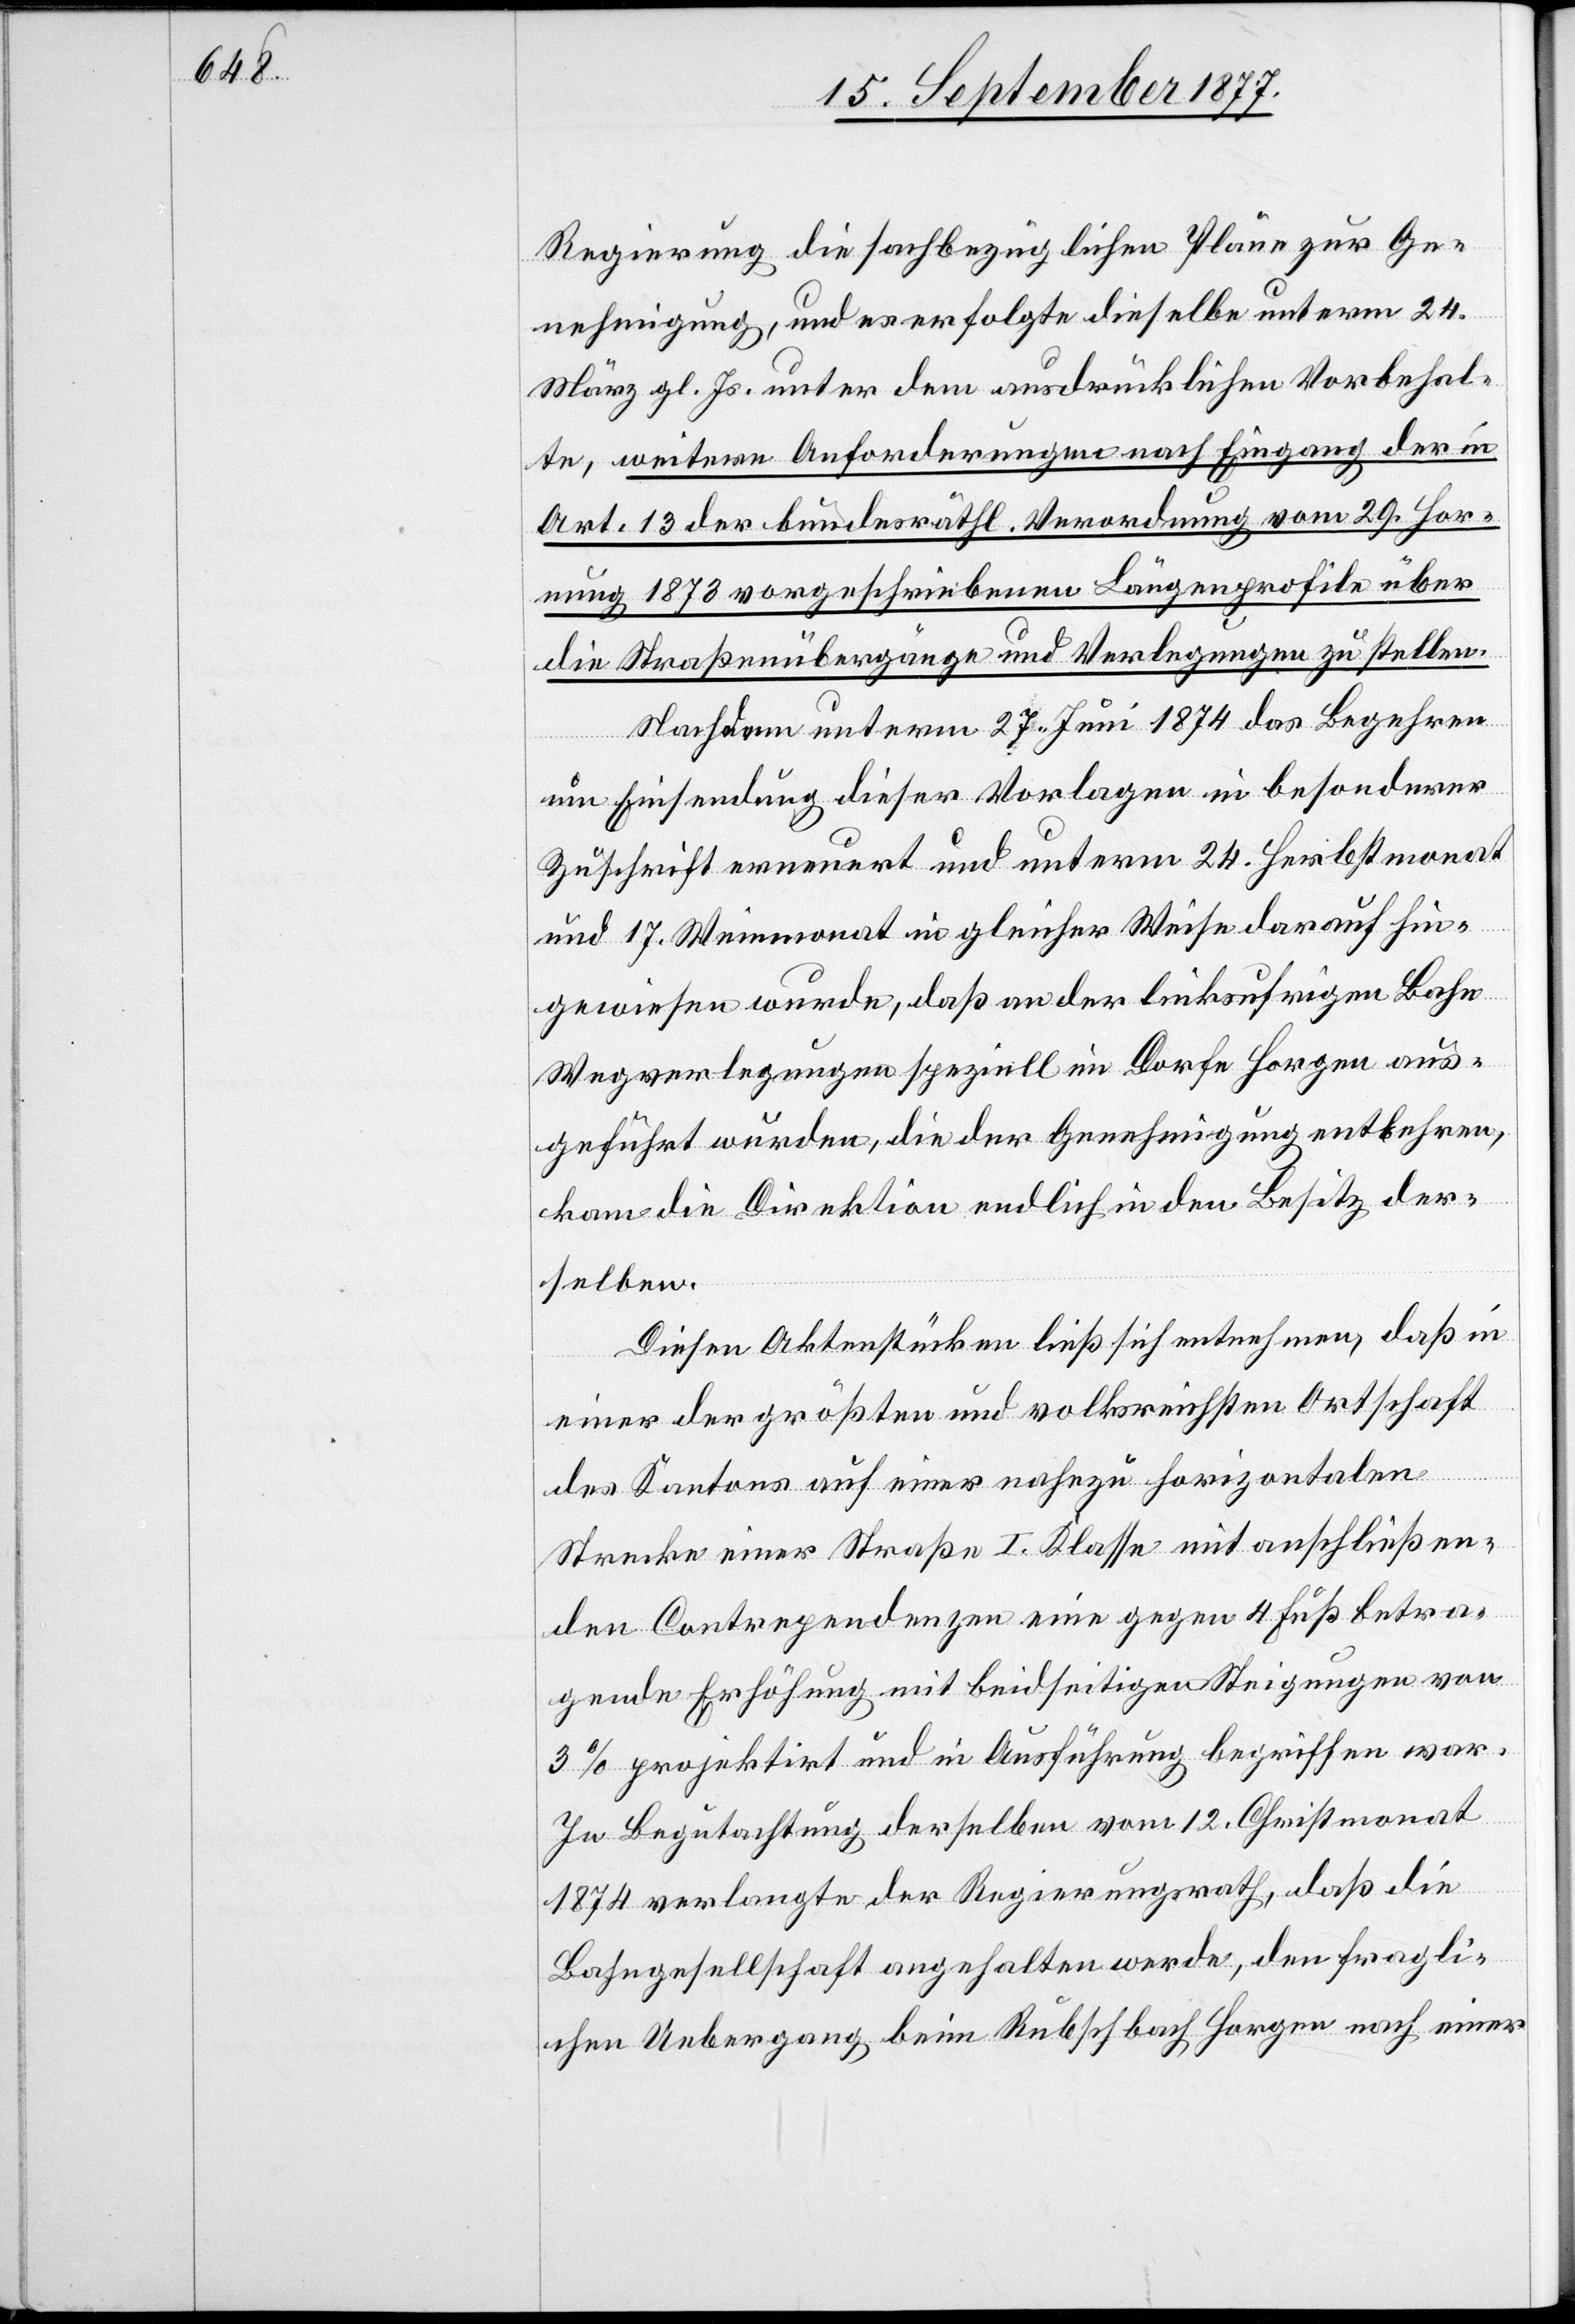
Regierung die sachbezüglichen Pläne zur Ge¬
nehmigung, und es erfolgte dieselbe unterm 24.
März gl. Js. unter dem ausdrücklichen Vorbehal¬
te, weitere Anforderungen nach Eingang der in
Art. 13 der bundesräthl. Verordnung vom 29. Hor¬
nung 1873 vorgeschriebenen Längenprofile über
die Straßenübergänge und Verlegungen zu stellen.
Nachdem unterm 27. Juni 1874 das Begehren
um Einsendung dieser Vorlagen in besonderer
Zuschrift erneuert und unterm 24. Herbstmonat
und 17. Weinmonat in gleicher Weise darauf hin¬
gewiesen wurde, daß an der linksufrigen Bahn
Wegverlegungen speziell im Dorfe Horgen aus¬
geführt wurden, die der Genehmigung entbehren,
kam die Direktion endlich in den Besitz der¬
selben.
Diesen Aktenstücken ließ sich entnehmen, daß in
einer der größten und volksreichsten Ortschaft[en]
des Kantons auf einer nahezu horizontalen
Strecke einer Straße I. Klasse mit anschließen¬
den Contrependenzen eine gegen 4 Fuß betra¬
gende Erhöhung mit beidseitigen Steigungen von
3% projektirt und in Ausführung begriffen war.
In Begutachtung derselben vom 12. Christmonat
1874 verlangte der Regierungsrath, daß die
Bahngesellschaft angehalten werde, den fragli¬
chen Uebergang beim Rubschbach Horgen nach einer